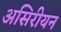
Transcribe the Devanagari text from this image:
असिरीयन